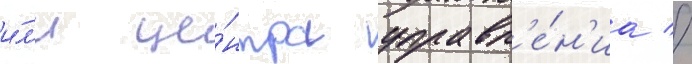
и́л'и це́нтра управл'е́н'иа //